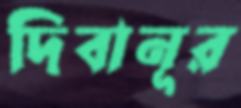
দিবানূর